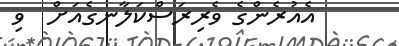
އެއުރެންގެ ވެރިރަސްކަލާނގެއަށް  ވި